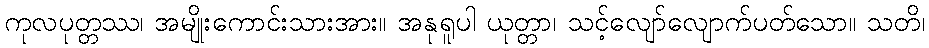
ကုလပုတ္တဿ၊ အမျိုးကောင်းသားအား။ အနုရူပါ ယုတ္တာ၊ သင့်လျော်လျောက်ပတ်သော။ သတိ၊